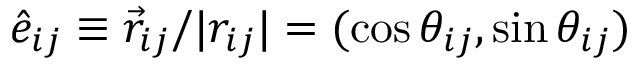
\hat { e } _ { i j } \equiv \vec { r } _ { i j } / | r _ { i j } | = ( \cos \theta _ { i j } , \sin \theta _ { i j } )